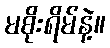
မစိုးရိမ်နဲ့။